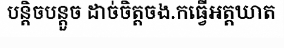
បន្តិចបន្តួច ដាច់ចិត្តចង.កធ្វើអត្តឃាត